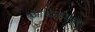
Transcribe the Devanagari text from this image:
आदिनाथबुवा